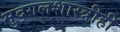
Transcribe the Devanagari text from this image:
मुद्गलशास्त्रीही